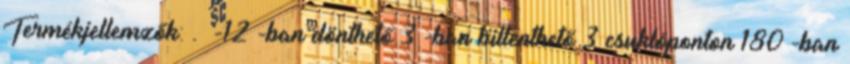
Termékjellemzők: . -12°-ban dönthető 3°-ban billenthető 3 csuklóponton 180°-ban